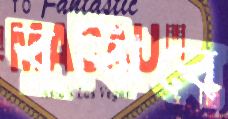
বুঝিবে